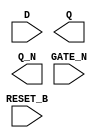
module sky130_fd_sc_hs__dlrbn (
    RESET_B,
    D      ,
    GATE_N ,
    Q      ,
    Q_N
);

    input  RESET_B;
    input  D      ;
    input  GATE_N ;
    output Q      ;
    output Q_N    ;

    // Voltage supply signals
    supply1 VPWR;
    supply0 VGND;

endmodule